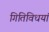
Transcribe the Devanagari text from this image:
गितिविधयां